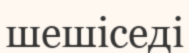
шешіседі